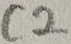
Text: C2